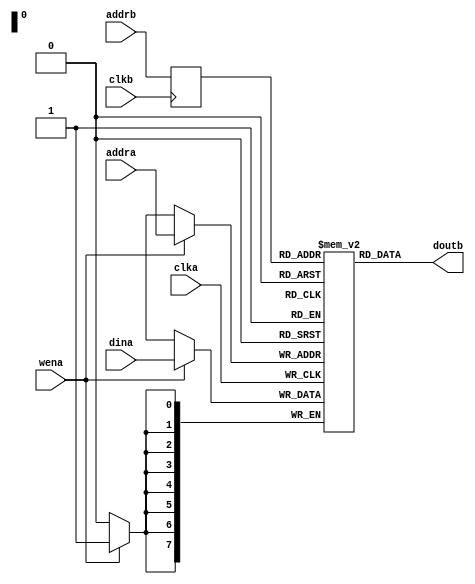
// This program was cloned from: https://github.com/steveicarus/ivtest
// License: GNU General Public License v2.0

module dpram #(
	parameter aw=8,
	parameter dw=8
) (input clka, clkb, wena,
	input [aw-1:0] addra, addrb,
	input [dw-1:0] dina,
	output [dw-1:0] doutb
);
// minimalist dual-port RAM model, hope most tools can synthesize it
localparam sz=(32'b1<<aw)-1;
reg [dw-1:0] mem[sz:0];
reg [aw-1:0] alb=0;
(* ivl_synthesis_on *)
always @(posedge clka) if (wena) mem[addra] <= dina;
always @(posedge clkb) alb <= addrb;
assign doutb = mem[alb];
(* ivl_synthesis_off *)
initial $display("PASSED");
endmodule